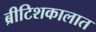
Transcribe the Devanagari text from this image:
ब्रीटिशकालात